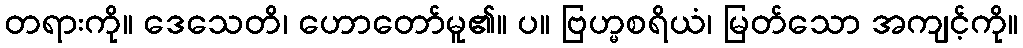
တရားကို။ ဒေသေတိ၊ ဟောတော်မူ၏။ ပ။ ဗြဟ္မစရိယံ၊ မြတ်သော အကျင့်ကို။